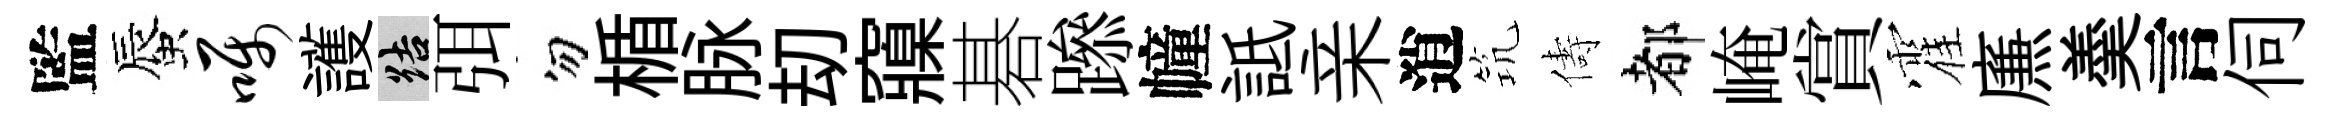
監蜃嘱護結弭勿楯脉刧䆿碁𨅶幢詆亲逍𥬑儔都崦賞霍㢘羮言伺